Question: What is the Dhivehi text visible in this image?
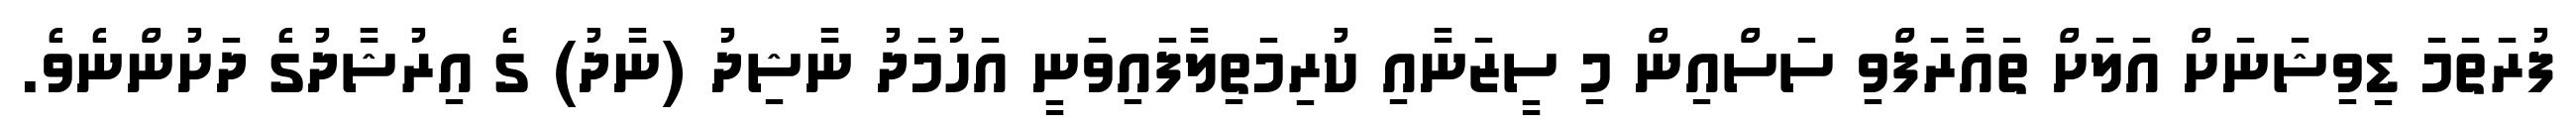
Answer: ފުރަތަމަ ޑިވިޝަނަށް އަލަށް ތައާރަފްވި ސަސްއިން މި ސީޒަނާއި ކުރިމަތިލާފައިވަނީ އަހުމަދު ނާޝިދު (ނާދު) ގެ އިރުޝާދުގެ ދަށުންނެވެ.